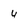
Character: 4